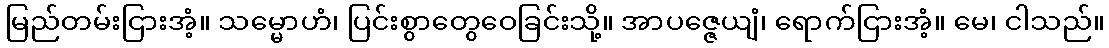
မြည်တမ်းငြားအံ့။ သမ္မောဟံ၊ ပြင်းစွာတွေဝေခြင်းသို့။ အာပဇ္ဇေယျံ၊ ရောက်ငြားအံ့။ မေ၊ ငါသည်။